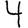
Digit: 4